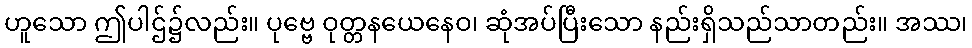
ဟူသော ဤပါဌ်၌လည်း။ ပုဗ္ဗေ ဝုတ္တနယေနေဝ၊ ဆုံအပ်ပြီးသော နည်းရှိသည်သာတည်း။ အဿ၊